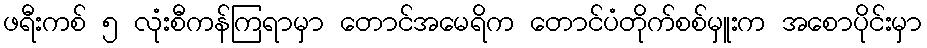
ဖရီးကစ် ၅ လုံးစီကန်ကြရာမှာ တောင်အမေရိက တောင်ပံတိုက်စစ်မှူးက အစောပိုင်းမှာ